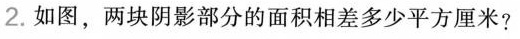
2.如图，两块阴影部分的面积相差多少平方厘米?